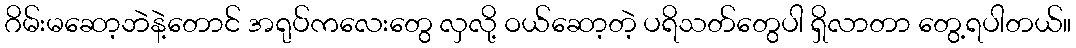
ဂိမ်းမဆော့ဘဲနဲ့တောင် အရုပ်ကလေးတွေ လှလို့ ဝယ်ဆော့တဲ့ ပရိသတ်တွေပါ ရှိလာတာ တွေ့ရပါတယ်။